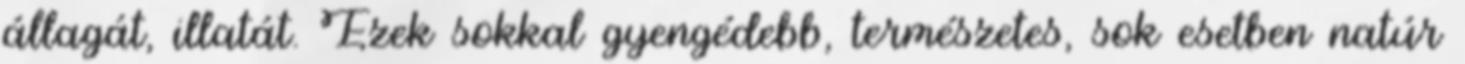
állagát, illatát. Ezek sokkal gyengédebb, természetes, sok esetben natúr